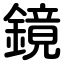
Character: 鏡